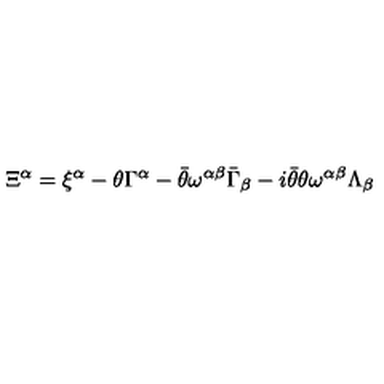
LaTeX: \Xi ^ { \alpha } = \xi ^ { \alpha } - \theta \Gamma ^ { \alpha } - \bar { \theta } \omega ^ { \alpha \beta } \bar { \Gamma } _ { \beta } - i \bar { \theta } \theta \omega ^ { \alpha \beta } \Lambda _ { \beta }